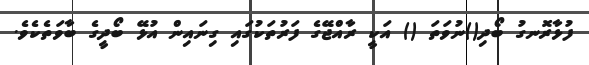
ފުޅާރޮނގު ބޯދި()ނުވަތަ () އަކީ ރާއްޖޭގެ ފަރުތަކުގައި ގިނައިން އުޅޭ ބޯދީގެ ބާވަތެކެވެ.